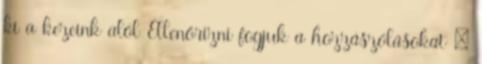
ki a kezeink alól Ellenőrizni fogjuk a hozzászólásokat »